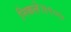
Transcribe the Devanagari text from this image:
निकले।१९०७